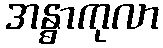
အန္ဓာကုလာ